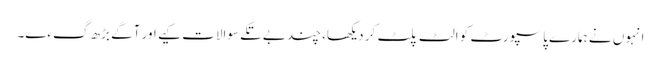
انہوں نے ہمارے پاسپورٹ کو الٹ پلٹ کر دیکھا، چند بے تکے سوالات کیے اور آگے بڑھ گءے۔